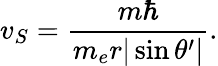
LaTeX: v_{S}=\frac{m\hbar}{m_{e}r|\sin\theta^{\prime}|}.